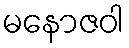
မနောဇဝါ